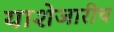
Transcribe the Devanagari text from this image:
याशेजारीच